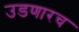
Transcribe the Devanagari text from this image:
उडणारच